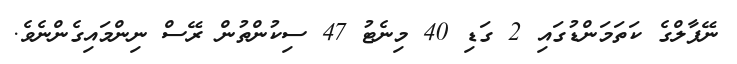
ނޭޕާލްގެ ކަތަމަންޑުގައި 2 ގަޑި 40 މިނެޓު 47 ސިކުންތުން ރޭސް ނިންމައިގެންނެވެ.